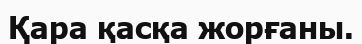
Қара қасқа жорғаны.